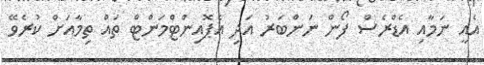
އެއީ ނަމާއި އެޑްރެސް ފޯން ނަންބަރު އަދި އެޕޮއިންޓްމަންޓް ތައް ތިމާއަށް ކުރެވޭ